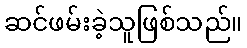
ဆင်ဖမ်းခဲ့သူဖြစ်သည်။